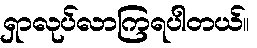
ရှာလုပ်လာကြရပါတယ်။